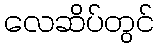
လေဆိပ်တွင်